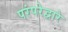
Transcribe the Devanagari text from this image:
परंपरेद्वारे